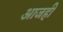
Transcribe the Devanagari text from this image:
अाजही